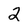
Character: 2